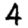
Digit: 4